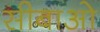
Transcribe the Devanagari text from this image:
सीबाओ